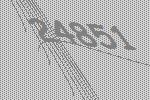
24851